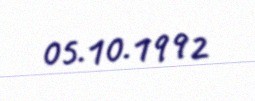
05.10.1992